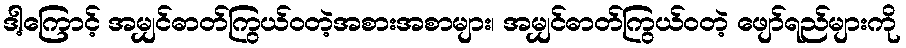
ဒါ့ကြောင့် အမျှင်ဓာတ်ကြွယ်ဝတဲ့အစားအစာများ၊ အမျှင်ဓာတ်ကြွယ်ဝတဲ့ ဖျော်ရည်များကို